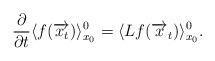
LaTeX: \begin{align*}\frac{\partial}{\partial t}\langle f(\overrightarrow{x_t})\rangle_{x_0}^0=\langle L f(\overrightarrow{x}_t)\rangle_{x_0}^0.\end{align*}